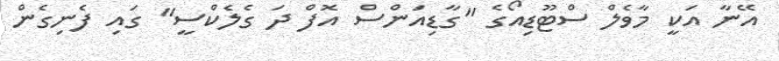
އޭނާ އަކީ މާވެލް ސްޓޫޑިއޯގެ "ގާޑިއަންސް އޮފް ދަ ގެލެކްސީ" ގައި ފެނިގެން